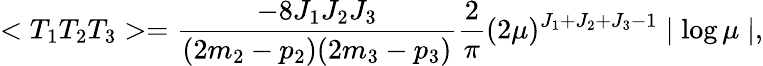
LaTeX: <T_{1}T_{2}T_{3}>=\frac{-8J_{1}J_{2}J_{3}}{(2m_{2}-p_{2})(2m_{3}-p_{3})}\frac{2}{\pi}(2\mu)^{J_{1}+J_{2}+J_{3}-1}\mid\log\mu\mid,